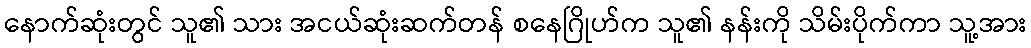
နောက်ဆုံးတွင် သူ၏ သား အငယ်ဆုံးဆက်တန် စနေဂြိုဟ်က သူ၏ နန်းကို သိမ်းပိုက်ကာ သူ့အား